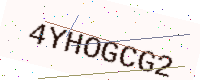
Text: 4YHOGCG2